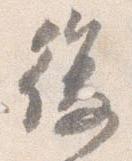
復